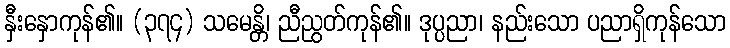
နှီးနှောကုန်၏။ (၃၇၄) သမေန္တိ၊ ညီညွတ်ကုန်၏။ ဒုပ္ပညာ၊ နည်းသော ပညာရှိကုန်သော